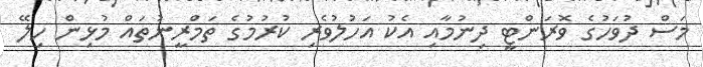
މަސް ދުވަހުގެ ވޮރަންޓީ ދިނުމާއި އެކު އަހުލުވެރި ކުރުމުގެ ތަމްރީނުތައް މުޅިން ހިލޭ